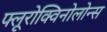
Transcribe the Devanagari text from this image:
फ्लूरोक्विनोलोन्स